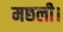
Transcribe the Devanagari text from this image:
मछली।